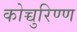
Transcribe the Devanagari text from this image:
कोच्चुरिण्ण